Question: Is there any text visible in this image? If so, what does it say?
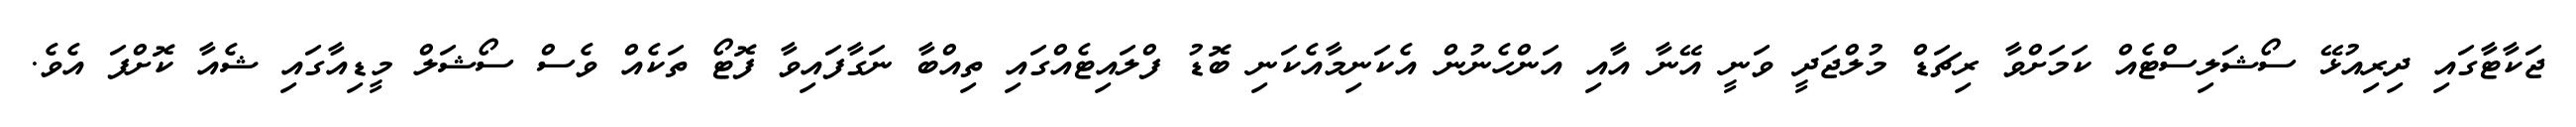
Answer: ޖަކާޓާގައި ދިރިއުޅޭ ސޯޝަލިސްޓެއް ކަމަށްވާ ރިޗަޑް މުލްޖަދީ ވަނީ އޭނާ އާއި އަންހެނުން އެކަނިމާއެކަނި ބޮޑު ފްލައިޓެއްގައި ތިއްބާ ނަގާފައިވާ ފޮޓޯ ތަކެއް ވެސް ސޯޝަލް މީޑިއާގައި ޝެއާ ކޮށްފަ އެވެ.